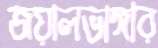
জয়ালভাঙ্গার